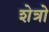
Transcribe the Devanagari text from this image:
शेत्रो